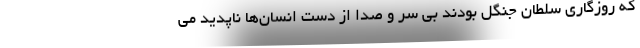
که روزگاری سلطان جنگل بودند بی سر و صدا از دست انسان‌ها ناپدید می